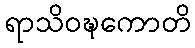
ရာသိဝဍ္ဎကောတိ